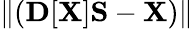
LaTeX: \| ({\mathbf D}[{\mathbf X}]{\mathbf S}-{\mathbf X})\|